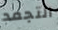
التجمد